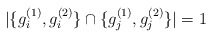
\begin{align*}|\{g_i^{(1)},g_i^{(2)}\}\cap\{g_j^{(1)},g_j^{(2)}\}|=1\end{align*}